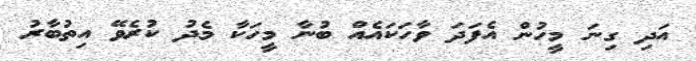
އަދި ގިނަ މީހުން އެފަދަ ވާހަކައެއް ބުނާ މީހަކާ މެދު ކުރެވޭ އިތުބާރު